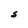
Character: S